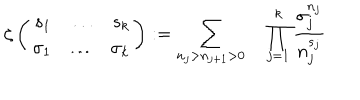
LaTeX: \zeta \left( \begin{array} { r c r } { { s _ { 1 } } } & { { \ldots } } & { { s _ { k } } } \\ { { \sigma _ { 1 } } } & { { \ldots } } & { { \sigma _ { k } } } \\ \end{array} \right) : = \sum _ { n _ { j } > n _ { j + 1 } > 0 } \quad \prod _ { j = 1 } ^ { k } \frac { \sigma _ { j } ^ { n _ { j } } } { n _ { j } ^ { s _ { j } } }